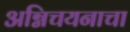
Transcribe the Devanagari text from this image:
अग्निचयनाचा